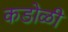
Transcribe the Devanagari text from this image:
कडोळी